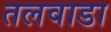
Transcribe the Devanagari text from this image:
तलवाडा